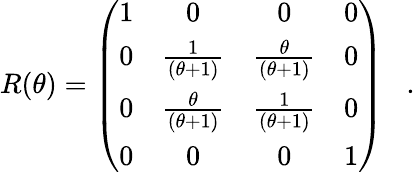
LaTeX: R(\theta)=\left(\begin{array}{cccc}{{1}}&{{0}}&{{0}}&{{0}}\\ {{0}}&{{\frac{1}{(\theta+1)}}}&{{\frac{\theta}{(\theta+1)}}}&{{0}}\\ {{0}}&{{\frac{\theta}{(\theta+1)}}}&{{\frac{1}{(\theta+1)}}}&{{0}}\\ {{0}}&{{0}}&{{0}}&{{1}}\end{array}\right)\; \; \; .